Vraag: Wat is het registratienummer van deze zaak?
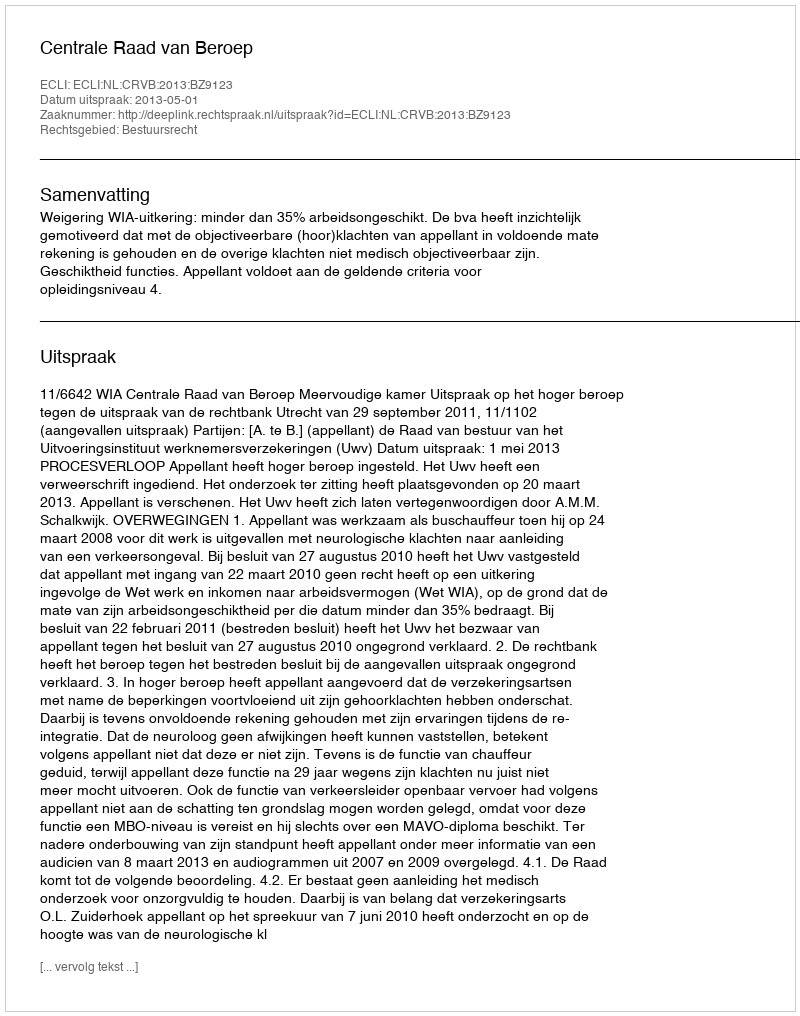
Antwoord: http://deeplink.rechtspraak.nl/uitspraak?id=ECLI:NL:CRVB:2013:BZ9123